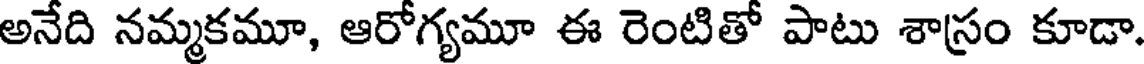
అనేది నమ్మకమూ, ఆరోగ్యమూ ఈ రెంటితో పాటు శాస్రం కూడా.